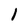
Character: 1